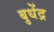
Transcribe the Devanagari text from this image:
बुधेंद्र